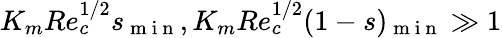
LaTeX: K_{m}Re_{c}^{1/2}s_{\mathrm{~m~i~n~}},K_{m}Re_{c}^{1/2}(1-s)_{\mathrm{~m~i~n~}}\gg 1